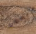
لنعطي